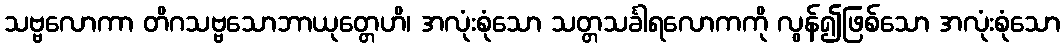
သဗ္ဗလောကာ တိဂသဗ္ဗသောဘာယုတ္တေဟိ၊ အလုံးစုံသော သတ္တသင်္ခါရလောကကို လွန်၍ဖြစ်သော အလုံးစုံသော